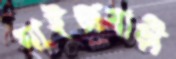
মাইজবাড়ী